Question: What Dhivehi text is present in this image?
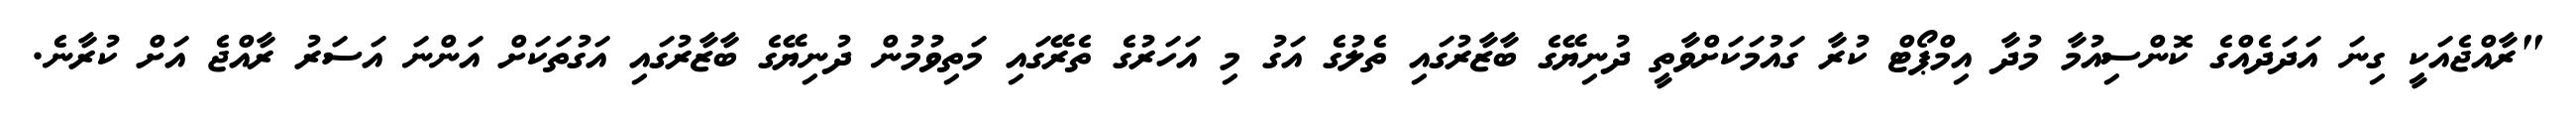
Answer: "ރާއްޖެއަކީ ގިނަ އަދަދެއްގެ ކޮންސިއުމާ މުދާ އިމްޕޯޓް ކުރާ ގައުމަކަށްވާތީ ދުނިޔޭގެ ބާޒާރުގައި ތެލުގެ އަގު މި އަހަރުގެ ތެރޭގައި މަތިވުމުން ދުނިޔޭގެ ބާޒާރުގައި އަގުތަކަށް އަންނަ އަސަރު ރާއްޖެ އަށް ކުރާނެ.